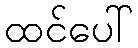
ထင်ပေါ်